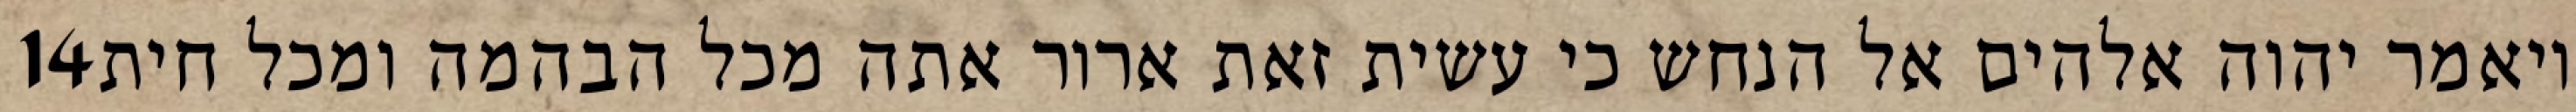
‎14‏ ויאמר יהוה אלהים אל הנחש כי עשית זאת ארור אתה מכל הבהמה ומכל חית